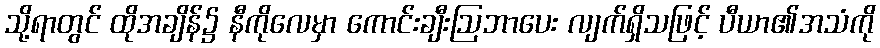
သို့ရာတွင် ထိုအချိန်၌ နီကိုလေမှာ ကောင်းချီးဩဘာပေး လျက်ရှိသဖြင့် ပီယာ၏အသံကို